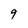
Character: 9